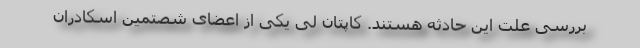
بررسی علت این حادثه هستند. کاپتان لی یکی از اعضای شصتمین اسکادران